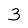
Character: 3